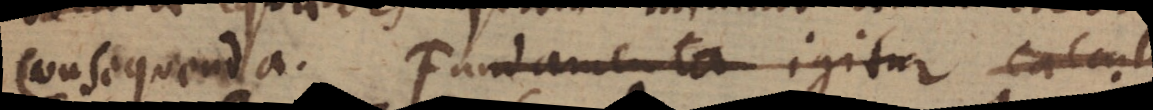
consequenda. Fundamenta igitur calculi